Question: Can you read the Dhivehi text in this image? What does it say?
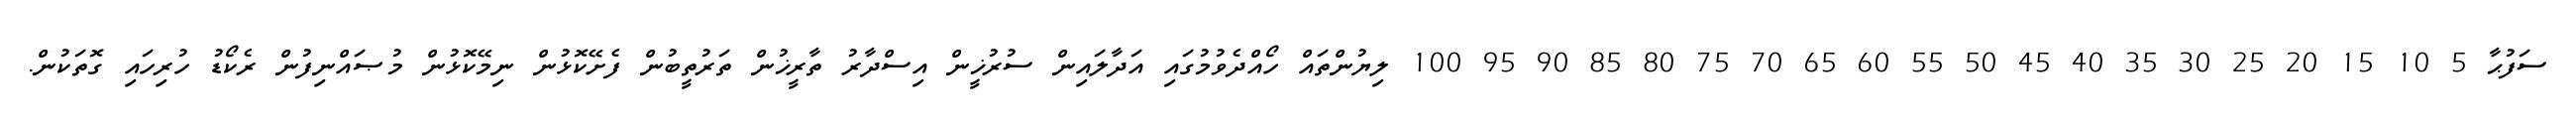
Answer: ސަފުޙާ 5 10 15 20 25 30 35 40 45 50 55 60 65 70 75 80 85 90 95 100 ލިޔުންތައް ހޯއްދެވުމުގައި އަދާލައިން ސުރުޚީން އިސްދާރު ތާރީޚުން ތަރުތީބުން ފެށޭކޮޅުން ނިމޭކޮޅުން މުޞައްނިފުން ރެކޯޑު ހުރިހައި ގޮތަކުން.